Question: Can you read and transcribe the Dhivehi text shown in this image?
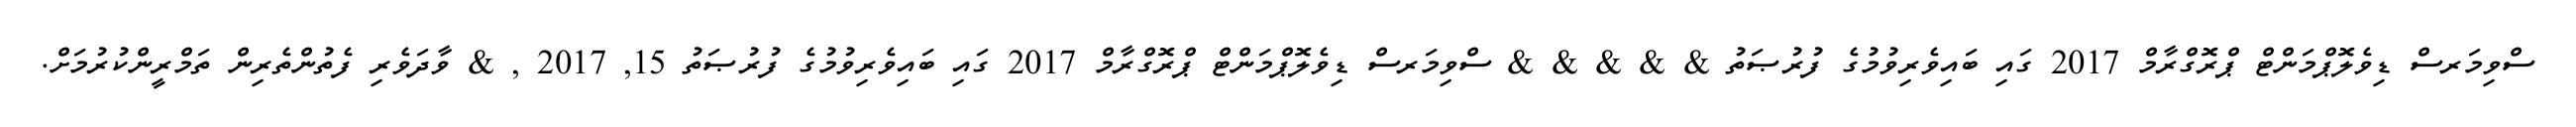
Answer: ސްވިމަރސް ޑިވެލޮޕްމަންޓް ޕްރޮގްރާމް 2017 ގައި ބައިވެރިވުމުގެ ފުރުޞަތު & & & & & ސްވިމަރސް ޑިވެލޮޕްމަންޓް ޕްރޮގްރާމް 2017 ގައި ބައިވެރިވުމުގެ ފުރުޞަތު 15, 2017 , & ވާދަވެރި ފެތުންތެރިން ތަމްރީންކުރުމަށް.